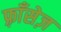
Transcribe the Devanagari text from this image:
फ़्राँसेज़